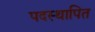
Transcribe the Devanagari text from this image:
पदस्‍थापित